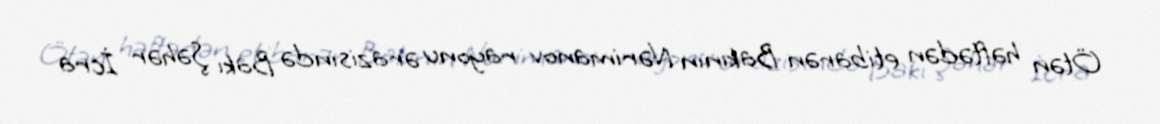
Ötən həftədən etibarən Bakının Nərimanov rayonu ərazisində Bakı Şəhər İcra